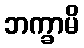
ဘက္ခာမိ